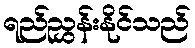
ရည်ညွှန်းနိုင်သည်